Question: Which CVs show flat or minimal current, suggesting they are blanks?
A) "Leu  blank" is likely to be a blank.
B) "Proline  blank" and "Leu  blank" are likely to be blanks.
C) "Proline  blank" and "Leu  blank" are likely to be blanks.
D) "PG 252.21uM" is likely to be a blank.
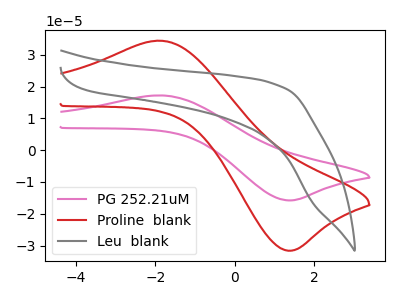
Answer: <think>The pink curve "PG 252.21uM" has an anodic peak at (-1.85V, 17.20uA) and a cathodic peak at (1.35V, -15.80uA). The red curve "Proline  blank" has an anodic peak at (-1.85V, 34.40uA) and a cathodic peak at (1.35V, -31.60uA). The gray curve "Leu  blank" has no peaks.</think>
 <answer>A) "Leu  blank" is likely to be a blank.</answer>
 <eval>A</eval>